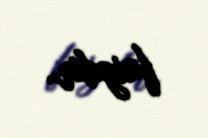
faizdir.